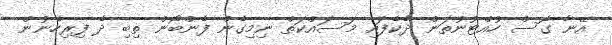
އޭނާ ގޮސް ހުއްޓުނުތަން ދެކެފައި މަސައްކަތް ނިމިގެން ފެންބޯން ތިބި ދެ ފިރިހެނުން